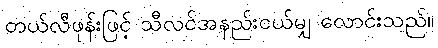
တယ်လီဖုန်းဖြင့် သီလင်အနည်းငယ်မျှ လောင်းသည်။